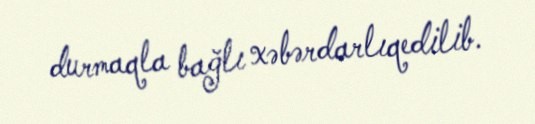
durmaqla bağlı xəbərdarlıqedilib.